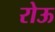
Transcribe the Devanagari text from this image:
रोऊ